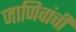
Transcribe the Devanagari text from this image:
जाणिवांची